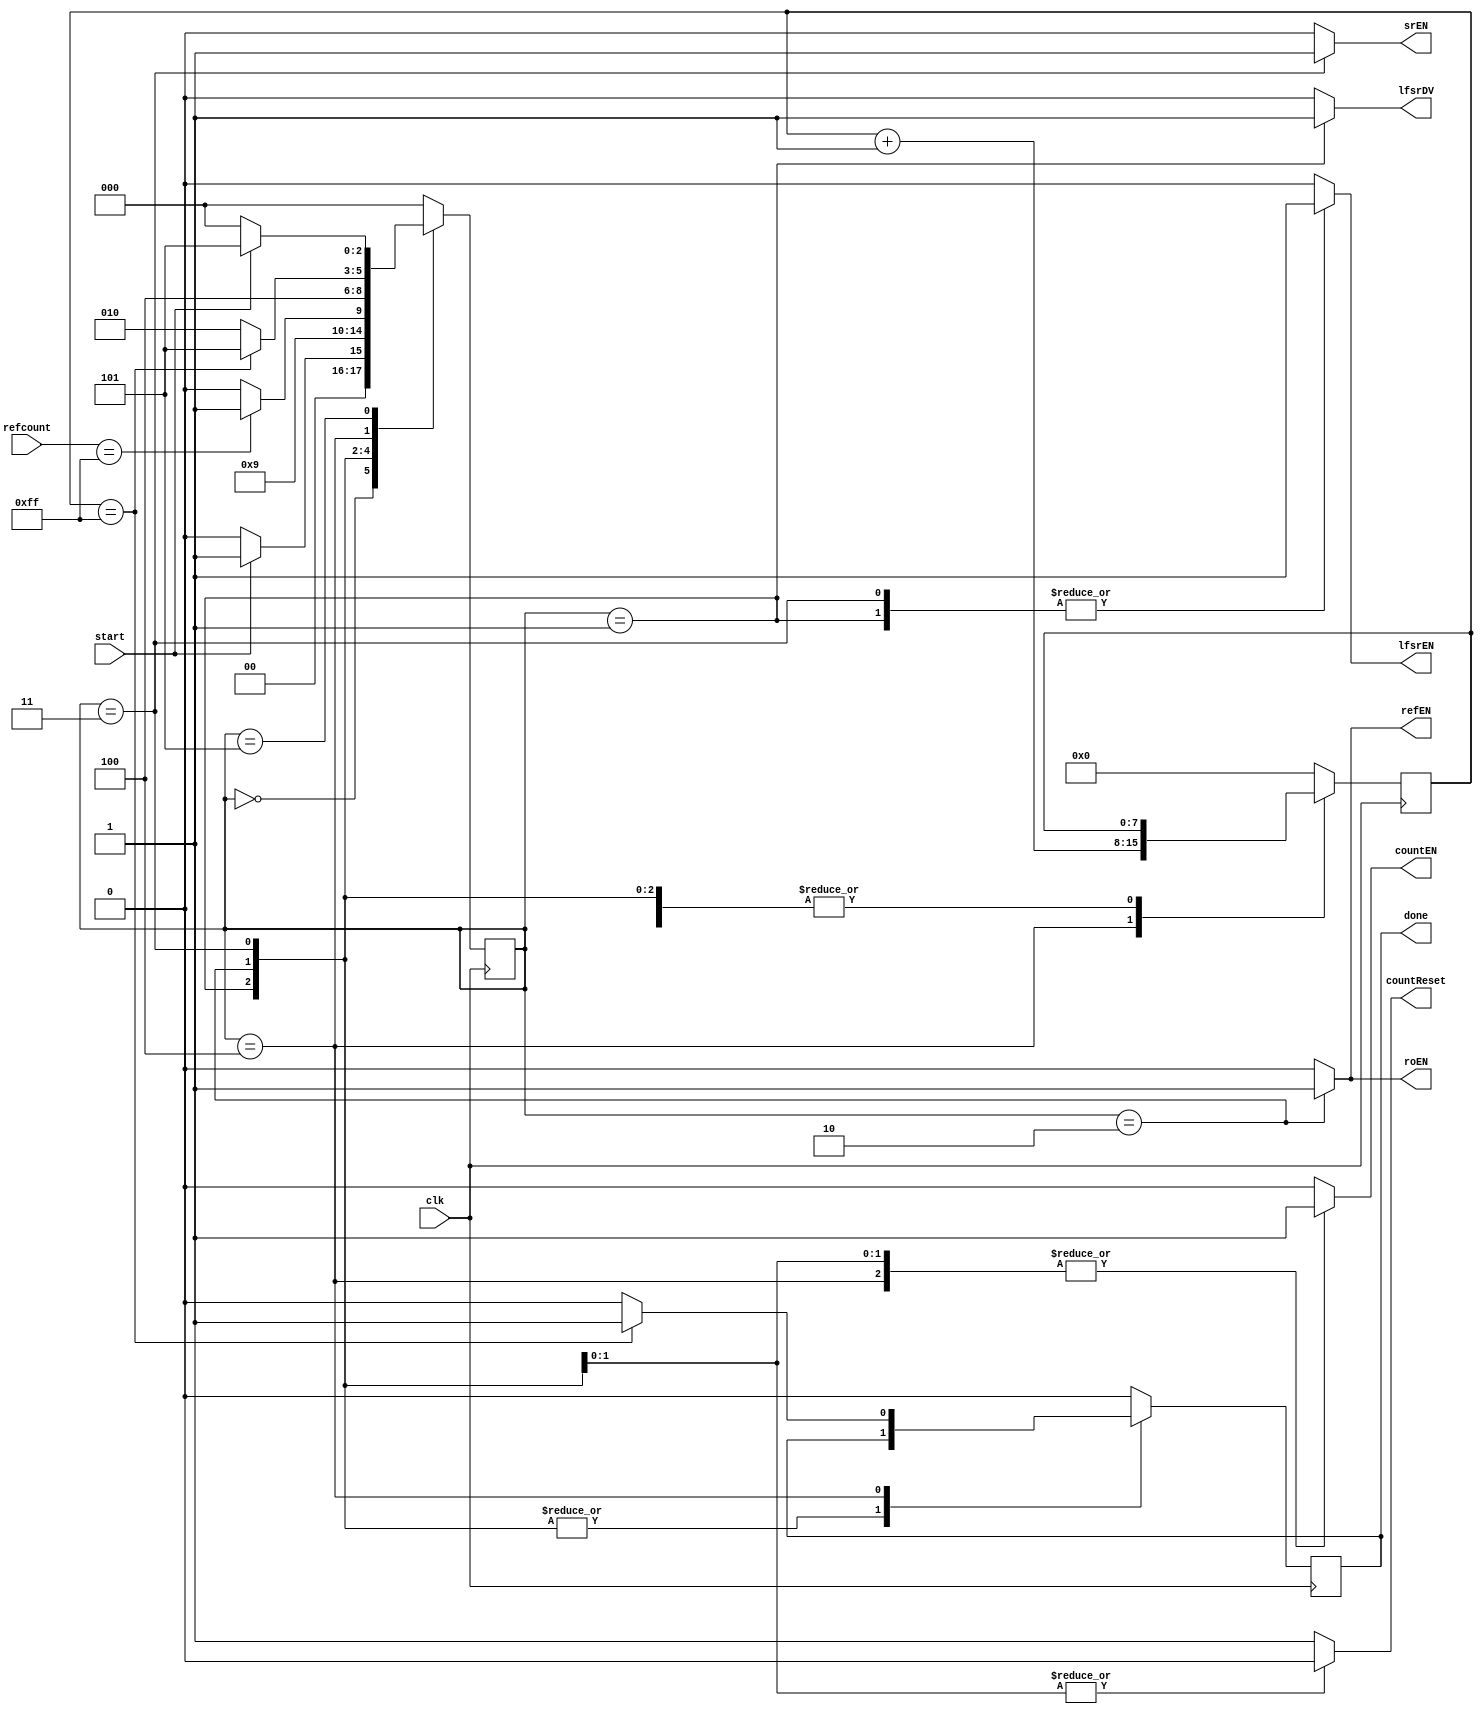
`timescale 1ns / 1ps
//////////////////////////////////////////////////////////////////////////////////
// Company: 
// Engineer: 
// 
// Design Name: 
// Module Name: control
// Project Name: 
// Target Devices: 
// Tool Versions: 
// Description: 
// 
// Dependencies: 
// 
// Revision:
// Revision 0.01 - File Created
// Additional Comments:
// 
//////////////////////////////////////////////////////////////////////////////////


module control(
    input clk,
    input start,
    input [7:0] refcount,
    output reg  lfsrDV, countEN, refEN, lfsrEN, srEN, roEN, countReset, done
    );
    
    reg [2:0] state;
    reg [7:0] bitscount;
    
    parameter IDLE=3'b000, DVALID=3'b001, INNER=3'b010, PRE=3'b011, OUTER=3'b100, TEMP=3'b101;
    
    always@(posedge clk) begin  
        case(state)
            IDLE: begin
                done <= 1'b0;
                bitscount <= 8'b0;
                if (!start)
                    state <= IDLE;
                else
                    state <= DVALID;
            end
            DVALID: state <= INNER;
            INNER: begin
                if (refcount == 8'hFF)
                    state <= PRE;
                else 
                    state <= INNER;
            end
            PRE: begin
                state <= OUTER;
            end
            OUTER: begin
                bitscount <= bitscount + 1;
                if (bitscount == 8'hFF) begin
                    state <= TEMP;
                    done <= 1'b1;
                end else begin 
                    state <= INNER;
                    done <= 1'b0;
                end            
            end
            TEMP: begin
                done <= 1'b0;
                if (start)
                    state <= TEMP;
                else
                    state <= IDLE;
            end
            default: begin
                state <= IDLE;
                bitscount <= 8'b0;
                done <= 1'b0;
            end
        endcase
    end

    always@(*) begin 
        case(state)
            IDLE: begin
                lfsrDV <= 1'b0;
                countEN <= 1'b0;
                refEN <= 1'b0;
                lfsrEN <= 1'b0;
                srEN <= 1'b0;
                roEN <= 1'b0;
                countReset <= 1'b1;
            end
            DVALID: begin
                lfsrDV <= 1'b1;
                countEN <= 1'b0;
                refEN <= 1'b0;
                lfsrEN <= 1'b1;
                srEN <= 1'b0;
                roEN <= 1'b0;
                countReset <= 1'b1;
            end
            INNER: begin
                lfsrDV <= 1'b0;
                countEN <= 1'b1;
                refEN <= 1'b1;
                lfsrEN <= 1'b0;
                srEN <= 1'b0;
                roEN <= 1'b1;
                countReset <= 1'b0;
            end 
            PRE: begin
                lfsrDV <= 1'b0;
                countEN <= 1'b1;
                refEN <= 1'b0;
                lfsrEN <= 1'b1;
                srEN <= 1'b1;
                roEN <= 1'b0;
                countReset <= 1'b0;
            end
            OUTER: begin
                lfsrDV <= 1'b0;
                countEN <= 1'b1;
                refEN <= 1'b0;
                lfsrEN <= 1'b0;
                srEN <= 1'b0;
                roEN <= 1'b0;
                countReset <= 1'b1;
            end
            default: begin
                lfsrDV <= 1'b0;
                countEN <= 1'b0;
                refEN <= 1'b0;
                lfsrEN <= 1'b0;
                srEN <= 1'b0;
                roEN <= 1'b0;
                countReset <= 1'b1;
            end
        endcase
    end
endmodule